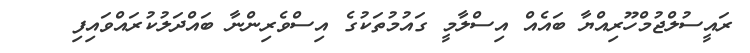
ރައީސުލްޖުމްހޫރިއްޔާ ބައެއް އިސްލާމީ ގައުމުތަކުގެ އިސްވެރިންނާ ބައްދަލުކުރައްވައިފި